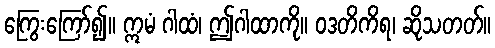
ကြွေးကြော်၍။ ဣမံ ဂါထံ၊ ဤဂါထာကို။ ဝဒတိကိရ၊ ဆိုသတတ်။